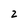
Character: 2